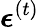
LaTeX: \boldsymbol{\epsilon}^{(t)}